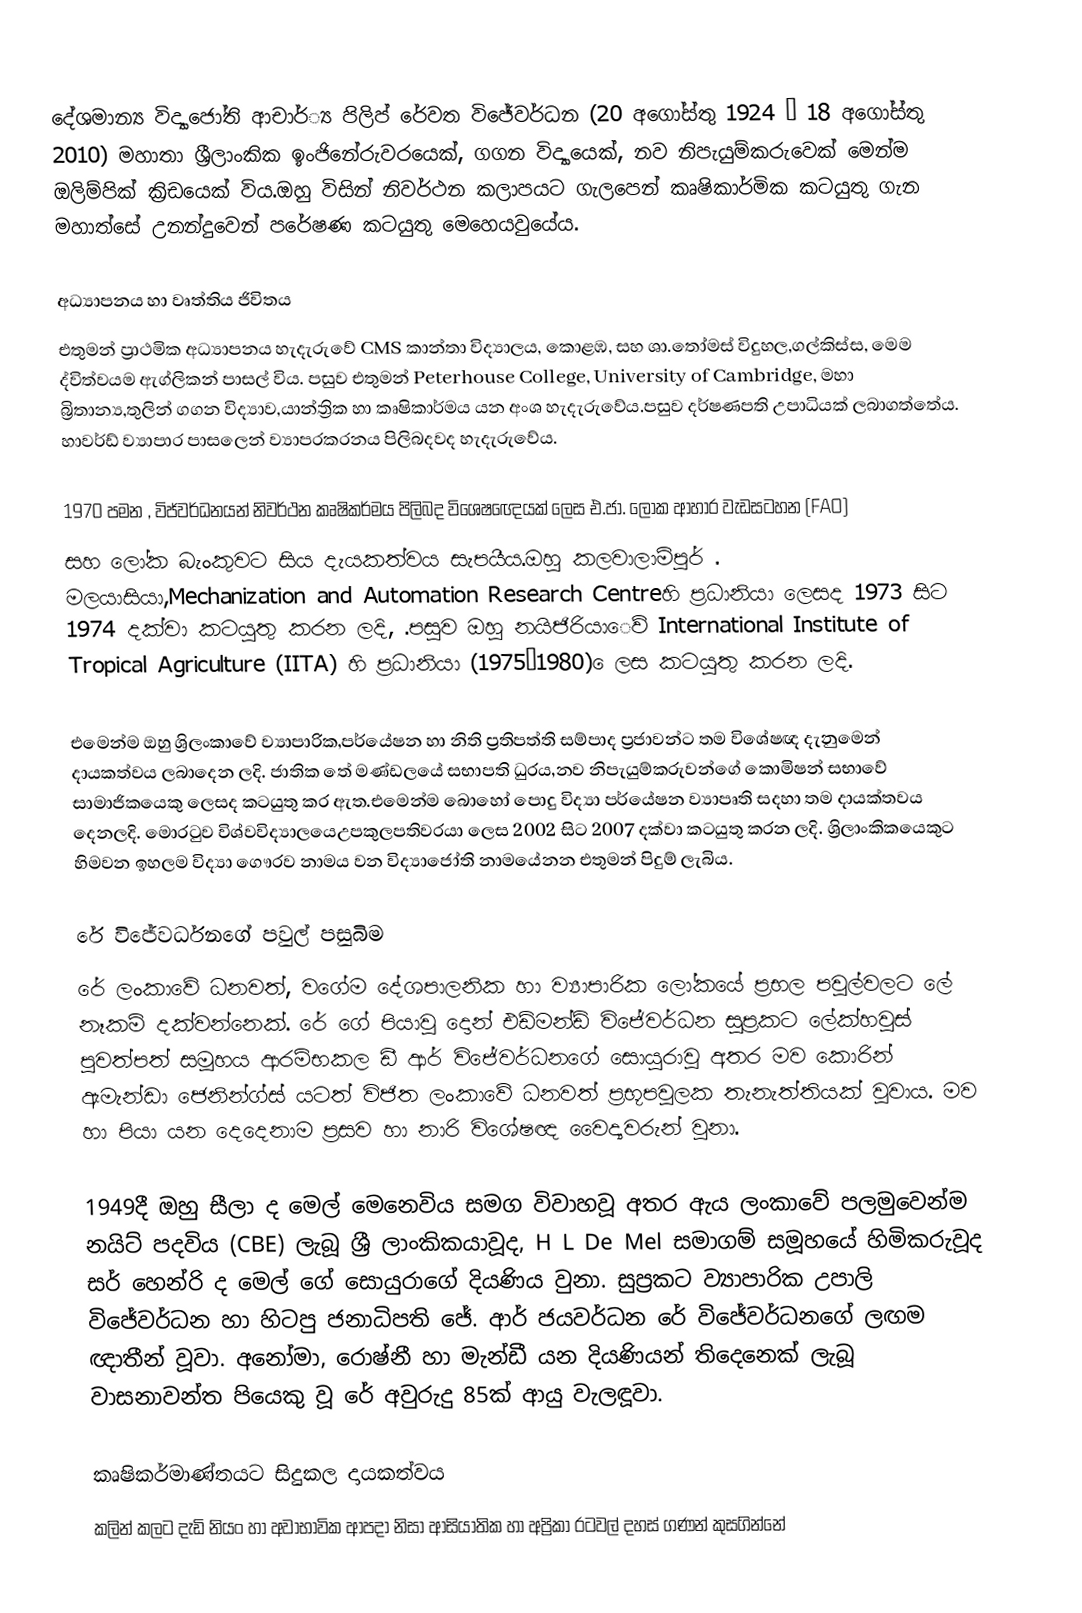
‍දේශමාන්‍ය විද්‍යාජෝති ආචාර්්‍ය පිලිප් රේවත විජේවර්ධන (20 අගෝස්තු 1924 – 18 අගෝස්තු 2010) මහාතා ශ්‍රීලාංකික ඉංජිනේරුවරයෙක්, ගගන විද්‍යායෙක්, නව නිපැයුම්කරුවෙක් මෙන්ම ඔලිම්පික් ක්‍රිඩයෙක් විය.ඔහු විසින් නිවර්ථන කලාපයට ගැලපෙන් කෘෂිකාර්මික කටයුතු ගැන මහාත්සේ උනන්දුවෙන් පරේෂණ කටයුතු මෙහෙයවුයේය.

අධ්‍යාපනය හා වෘත්තිය ජිවිතය
එතුමන් ප්‍රාථමික අධ්‍යාපනය හැදැරුවේ CMS කාන්තා විද්‍යාලය, කොළඹ, සහ ශා.තෝමස් විදුහල,ගල්කිස්ස, මෙම  ද්විත්වයම ඇග්ලිකන් පාසල් විය. පසුව එතුමන්  Peterhouse College, University of Cambridge, මහා බ්‍රිතාන්‍ය,තුලින් ගගන විද්‍යාව,යාන්ත්‍රික හා කෘෂිකාර්මය යන අංශ හැදැරුවේය.පසුව දර්ෂණපති උපාධියක් ලබාගත්තේය. හාවර්ඩ් ව්‍යාපාර පාසලෙන් ව්‍යාපරකරනය පිලිබදවද හැදැරුවේය.

1970 පමන , විජ්වර්ධනයන් නිවර්ථන කෘෂිකර්මය පිලිබද විශෙෂඥෙයක් ලෙස  එ.ජා. ලෝක ආහාර වැඩසටහන (FAO)
සහ ලෝක බැංකුවට සිය දැයකත්වය සැපයීය.ඔහු කලවාලාම්පූර් . මලයාසියා,Mechanization and Automation Research Centreහි ප්‍රධානියා ලෙසද 1973 සිට 1974 දක්වා කටයුතු කරන ලදි, .පසුව ඔහු නයිජිරියාෙව්  International Institute of Tropical Agriculture (IITA) හි ප්‍රධානියා  (1975–1980) ෙලස කටයුතු කරන ලදි.

එමෙන්ම ඔහු ශ්‍රිලංකාවේ ව්‍යාපාරික,පර්යේෂන හා නිති ප්‍රතිපත්ති සම්පාද ප්‍රජාවන්ට තම විශේෂඥ දැනුමෙන් දායකත්වය ලබාදෙන ලදි. ජාතික තේ මණ්ඩලයේ සභාපති ධුරය,නව නිපැයුම්කරුවන්ගේ කොමිෂන් සභාවේ සාමාජිකයෙකු ලෙසද කටයුතු කර ඇත.එමෙන්ම බොහෝ පොදු විද්‍යා පර්යේෂන ව්‍යාපෘති සදහා තම දායක්තවය දෙනලදි.  මොරටුව විශ්වවිද්‍යාල‍ය‍ෙඋපකුලපතිවරයා ලෙස 2002 සිට 2007 දක්වා කටයුතු කරන ලදි. ශ්‍රිලාංකිකයෙකුට හිමවන ඉහලම විද්‍යා ගෞරව නාමය වන විද්‍යාජෝති නාමයේනන එතුමන් පිදුම් ලැබිය.

රේ විජේවර්ධනගේ පවුල් පසුබිම
රේ ලංකාවේ ධනවත්, වගේම දේශපාලනික හා ව්‍යාපාරික ලෝකයේ ප්‍රභල පවුල්වලට ලේ නෑකම් දක්වන්නෙක්. රේ ගේ පියාවූ දොන් එඩ්මන්ඩ් විජේවර්ධන සුප්‍රකට ලේක්හවුස් පුවත්පත් සමූහය ආරම්භකල ඩී ආර් විජේවර්ධනගේ සොයුරාවූ අතර මව කොරින් ඇමැන්ඩා ජෙනින්ග්ස් යටත් විජිත ලංකාවේ ධනවත් ප්‍රභූපවුලක තැනැත්තියක් වූවාය. මව හා පියා යන දෙදෙනාම ප්‍රසව හා නාරි විශේෂඥ වෛද්‍යවරුන් වුනා.

1949දී ඔහු සීලා ද මෙල් මෙනෙවිය සමග විවාහවූ අතර ඇය ලංකාවේ පලමුවෙන්ම නයිට් පදවිය (CBE) ලැබූ ශ්‍රී ලාංකිකයාවූද, H L De Mel සමාගම් සමූහයේ හිමිකරුවූද  සර් හෙන්රි ද මෙල් ගේ සොයුරාගේ දියණිය වුනා. සුප්‍රකට ව්‍යාපාරික උපාලි විජේවර්ධන හා හිටපු ජනාධිපති ජේ. ආර් ජයවර්ධන රේ විජේවර්ධනගේ ලඟම ඥාතීන් වූවා. අනෝමා, රොෂ්නී හා මැන්ඩී යන දියණියන් තිදෙනෙක් ලැබූ වාසනාවන්ත පියෙකු වූ රේ අවුරුදු 85ක් ආයු වැලඳූවා.

කෘෂිකර්මාණ්තයට සිදුකල දායකත්වය
කලින් කලට දැඩි නියං හා අවාභාවික ආපදා නිසා ආසියාතික හා අප්‍රිකා රටවල් දහස් ගණන් කුසගින්නේ